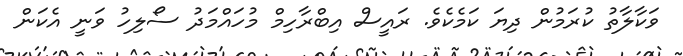
ވަކާލާތު ކުރަމުން ދިޔަ ކަމެކެވެ. ރައީސް އިބްރާހިމް މުހައްމަދު ސޯލިހު ވަނީ އެކަން